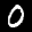
Label: 0